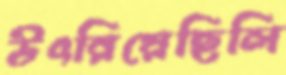
উৎরিয়েছিলি